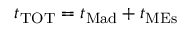
t _ { \mathrm { T O T } } = t _ { \mathrm { M a d } } + t _ { \mathrm { M E s } }